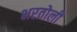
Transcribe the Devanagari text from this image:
भरतोली